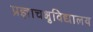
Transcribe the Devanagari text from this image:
प्रज्ञाचक्षुविद्यालय